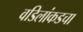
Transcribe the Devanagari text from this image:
वडिलांकडचा